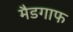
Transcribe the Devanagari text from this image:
मैडगाफ